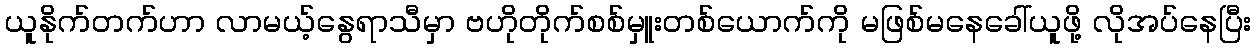
ယူနိုက်တက်ဟာ လာမယ့်နွေရာသီမှာ ဗဟိုတိုက်စစ်မှူးတစ်ယောက်ကို မဖြစ်မနေခေါ်ယူဖို့ လိုအပ်နေပြီး